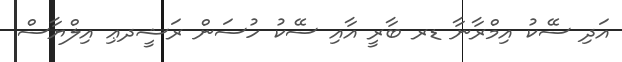
އަދި ސޭކު އިމްރާނާ ޑރ ބާރީ އާއި ސޭކު ހުސަން ރަޝީދޢި އިލްޔާސް